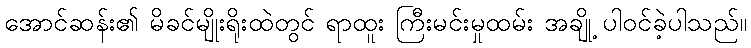
အောင်ဆန်း၏ မိခင်မျိုးရိုးထဲတွင် ရာထူး ကြီးမင်းမှုထမ်း အချို့ ပါဝင်ခဲ့ပါသည်။